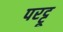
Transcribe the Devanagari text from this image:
परट्टू